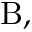
{ \mathrm { B } } ,